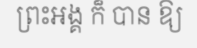
ព្រះអង្គ ក៏ បាន ឱ្យ